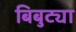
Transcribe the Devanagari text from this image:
बिबुट्या